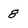
Character: 8